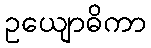
ဥယျောဓိကာ